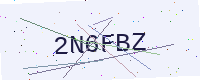
Text: 2N6FBZ